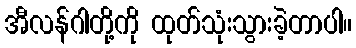
အီလန်ဂါတို့ကို ထုတ်သုံးသွားခဲ့တာပါ။